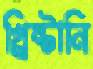
খ্রিষ্টানি